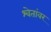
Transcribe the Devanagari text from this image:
श्वेतांवर